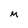
Character: M